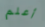
أعلم